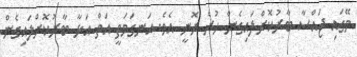
މޭގައި ޖައްސާ ބާރުކޮށްލައިގެން ހުރެ ރޮނީ އެވެ. އަނގަމަތީ އަތް އަޅާ ބާރުކޮށްލައިގެން